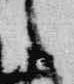
言